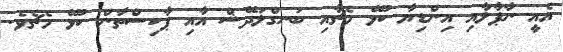
އެއީ ނާޕާލާއި އިންޑިޔާ ކުޅޭ މެޗާއި ބަނގްލަދޭޝް އާއި ޕާކިސްތާން ކުޅޭ މެޗެވެ.